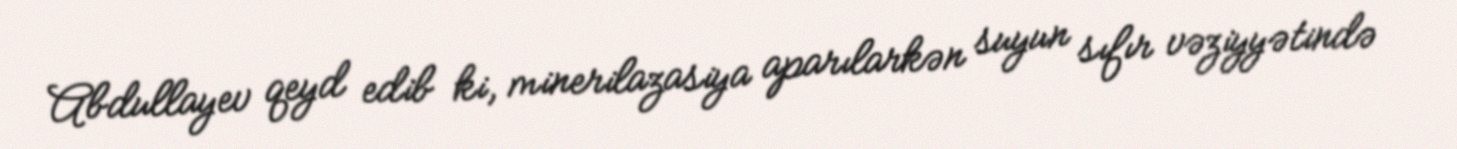
Abdullayev qeyd edib ki, minerilazasiya aparılarkən suyun sıfır vəziyyətində